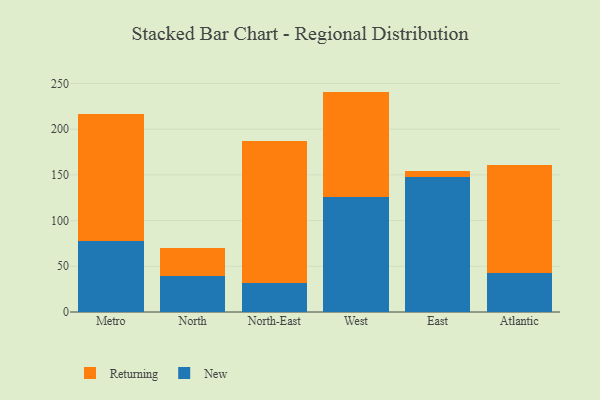
{"axis": {"x": "Region", "y": "Demand Index"}, "legend": ["New", "Returning"], "data": [{"x": "Metro", "y": 78.0, "type": "New"}, {"x": "Metro", "y": 138.5, "type": "Returning"}, {"x": "North", "y": 39.3, "type": "New"}, {"x": "North", "y": 31.1, "type": "Returning"}, {"x": "North-East", "y": 31.9, "type": "New"}, {"x": "North-East", "y": 155.3, "type": "Returning"}, {"x": "West", "y": 125.5, "type": "New"}, {"x": "West", "y": 115.6, "type": "Returning"}, {"x": "East", "y": 147.3, "type": "New"}, {"x": "East", "y": 6.5, "type": "Returning"}, {"x": "Atlantic", "y": 42.6, "type": "New"}, {"x": "Atlantic", "y": 118.7, "type": "Returning"}]}